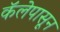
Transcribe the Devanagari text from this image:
कॅलेपासून